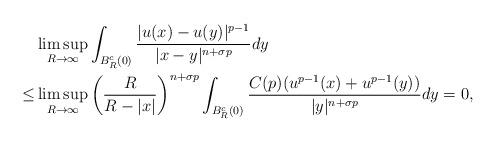
LaTeX: \begin{align*}&\limsup_{R\rightarrow\infty}\int_{B_{R}^{c}(0)}\frac{|u(x)-u(y)|^{p-1}}{|x-y|^{n+\sigma p}}dy\\\leq &\limsup_{R\rightarrow\infty}\left(\frac{R}{R-|x|}\right)^{n+\sigma p}\int_{B_{R}^{c}(0)}\frac{C(p)(u^{p-1}(x)+u^{p-1}(y))}{|y|^{n+\sigma p}}dy=0,\end{align*}